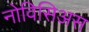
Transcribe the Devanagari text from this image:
नोविसिअस